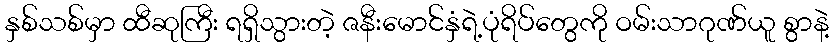
နှစ်သစ်မှာ ထီဆုကြီး ရရှိသွားတဲ့ ဇနီးမောင်နှံရဲ့ပုံရိပ်တွေကို ဝမ်းသာဂုဏ်ယူ စွာနဲ့